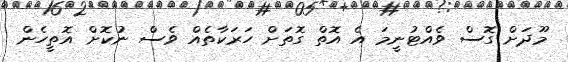
މޫދަށް ގޮސް ވެއްޓުނީމަ އެ އޮތް ގޮތަށް ހަރަކާތެއް ވެސް ނުކޮށް އޮތީހެން